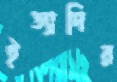
ইত্যাদির